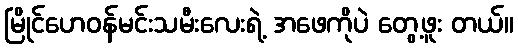
မြိုင်ဟေဝန်မင်းသမီးလေးရဲ့ အဖေကိုပဲ တွေ့ဖူး တယ်။